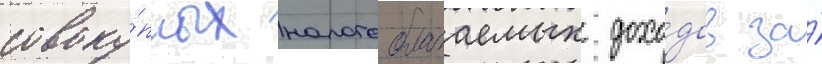
совоку́пных налогооблагаемых дохо́дов за́